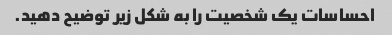
احساسات یک شخصیت را به شکل زیر توضیح دهید.